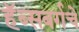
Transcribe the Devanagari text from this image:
हॅब्सबर्गचे